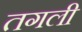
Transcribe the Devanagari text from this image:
तगली